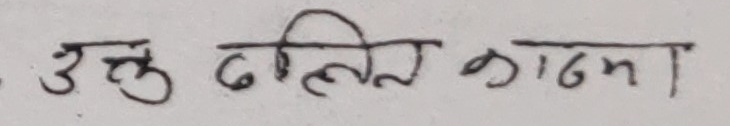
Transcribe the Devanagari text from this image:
उक्त दलित काठमान्डी